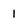
Character: 1